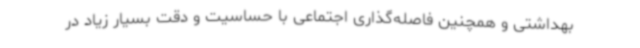
بهداشتی و همچنین فاصله‌گذاری اجتماعی با حساسیت و دقت بسیار زیاد در